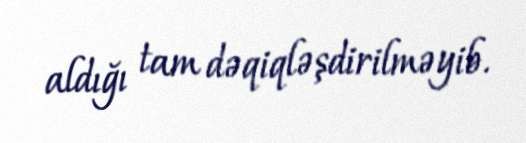
aldığı tam dəqiqləşdirilməyib.